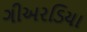
ગીઅરડિયા